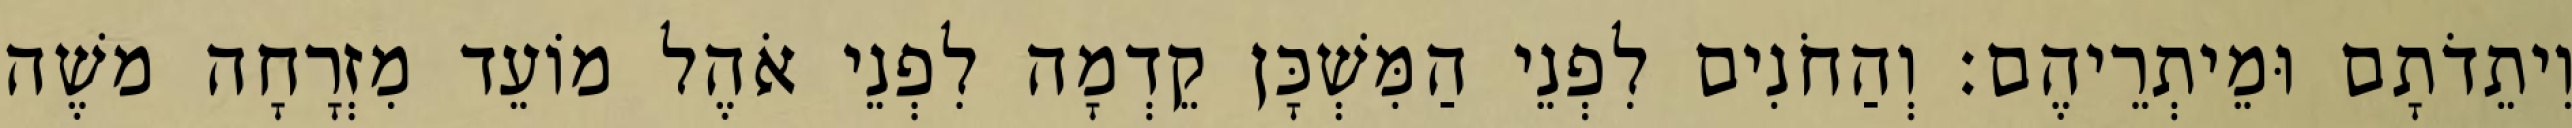
וִיתֵדֹתָם וּמֵיתְרֵיהֶם׃ וְהַחֹנִים לִפְנֵי הַמִּשְׁכָּן קֵדְמָה לִפְנֵי אֹהֶל מוֹעֵד מִזְרָחָה משֶׁה